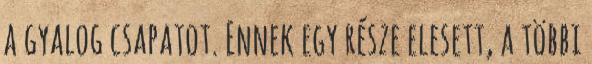
a gyalog csapatot. Ennek egy része elesett, a többi